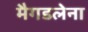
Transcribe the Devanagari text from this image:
मैगडलेना